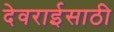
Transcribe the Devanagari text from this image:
देवराईसाठी